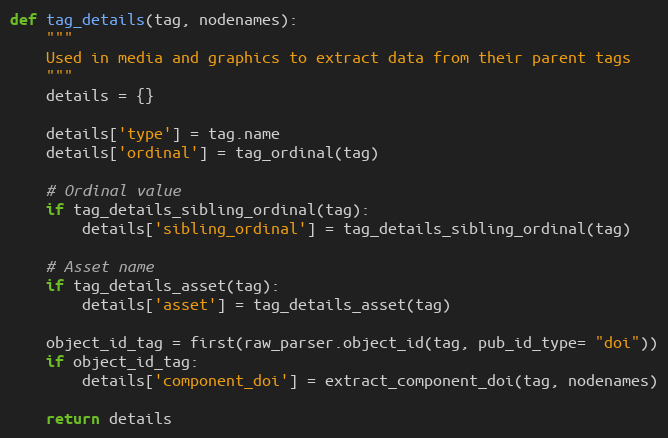
Language: Python
def tag_details(tag, nodenames):
    """
    Used in media and graphics to extract data from their parent tags
    """
    details = {}

    details['type'] = tag.name
    details['ordinal'] = tag_ordinal(tag)

    # Ordinal value
    if tag_details_sibling_ordinal(tag):
        details['sibling_ordinal'] = tag_details_sibling_ordinal(tag)

    # Asset name
    if tag_details_asset(tag):
        details['asset'] = tag_details_asset(tag)

    object_id_tag = first(raw_parser.object_id(tag, pub_id_type= "doi"))
    if object_id_tag:
        details['component_doi'] = extract_component_doi(tag, nodenames)

    return details